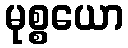
မုစ္စယော